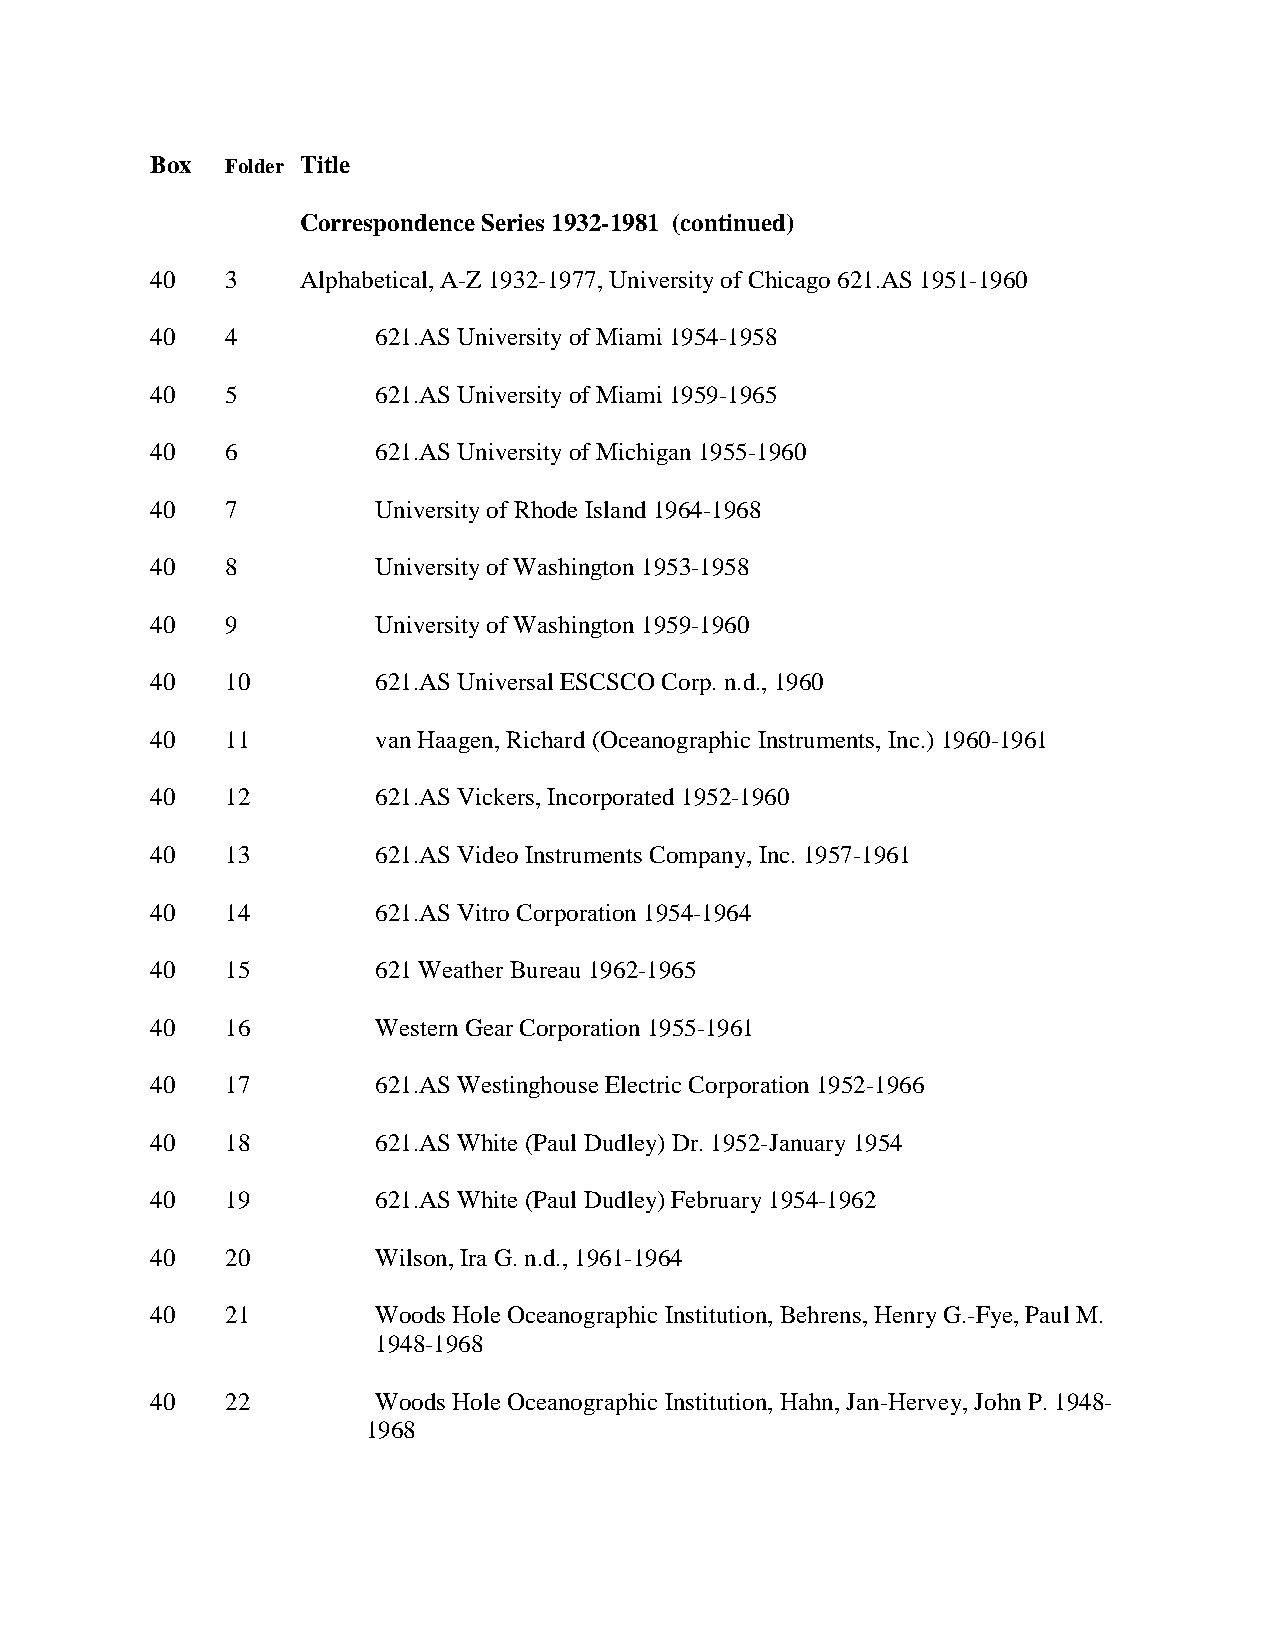
Box  Folder Title
 Correspondence Series 1932-1981 (continued)
 40   3    Alphabetical, A-Z 1932-1977, University of Chicago 621.AS 1951-1960
 40   4         621.AS University of Miami 1954-1958
 40   5         621.AS University of Miami 1959-1965
 40   6         621.AS University of Michigan 1955-1960
 40   7         University of Rhode Island 1964-1968
 40   8         University of Washington 1953-1958
 40   9         University of Washington 1959-1960
 40   10        621.AS Universal ESCSCO Corp. n.d., 1960
 40   11        van Haagen, Richard (Oceanographic Instruments, Inc.) 1960-1961
 40   12        621.AS Vickers, Incorporated 1952-1960
 40   13        621.AS Video Instruments Company, Inc. 1957-1961
 40   14        621.AS Vitro Corporation 1954-1964
 40   15        621 Weather Bureau 1962-1965
 40   16        Western Gear Corporation 1955-1961
 40   17        621.AS Westinghouse Electric Corporation 1952-1966
 40   18        621.AS White (Paul Dudley) Dr. 1952-January 1954
 40   19        621.AS White (Paul Dudley) February 1954-1962
 40   20        Wilson, Ira G. n.d., 1961-1964
 40   21        Woods Hole Oceanographic Institution, Behrens, Henry G.-Fye, Paul M.
 1948-1968
 40   22        Woods Hole Oceanographic Institution, Hahn, Jan-Hervey, John P. 1948-
 1968